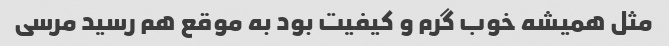
مثل همیشه خوب گرم و کیفیت بود به موقع هم رسید مرسی